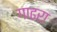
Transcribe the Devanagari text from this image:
गाढरा